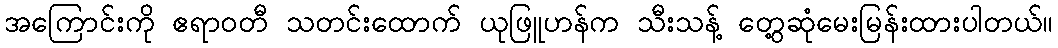
အကြောင်းကို ဧရာဝတီ သတင်းထောက် ယုဖြူဟန်က သီးသန့် တွေ့ဆုံမေးမြန်းထားပါတယ်။